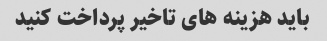
باید هزینه های تاخیر پرداخت کنید